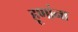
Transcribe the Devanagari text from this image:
हूणांना